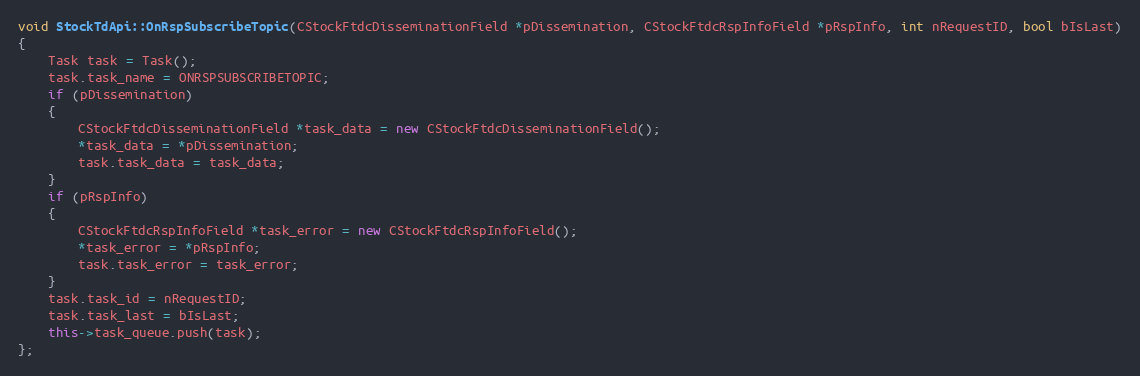
Language: C++
void StockTdApi::OnRspSubscribeTopic(CStockFtdcDisseminationField *pDissemination, CStockFtdcRspInfoField *pRspInfo, int nRequestID, bool bIsLast)
{
	Task task = Task();
	task.task_name = ONRSPSUBSCRIBETOPIC;
	if (pDissemination)
	{
		CStockFtdcDisseminationField *task_data = new CStockFtdcDisseminationField();
		*task_data = *pDissemination;
		task.task_data = task_data;
	}
	if (pRspInfo)
	{
		CStockFtdcRspInfoField *task_error = new CStockFtdcRspInfoField();
		*task_error = *pRspInfo;
		task.task_error = task_error;
	}
	task.task_id = nRequestID;
	task.task_last = bIsLast;
	this->task_queue.push(task);
};